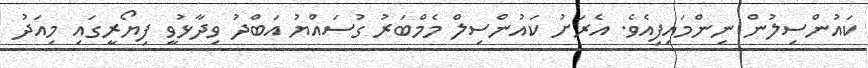
ކައުންސިލުން ނިންމައިފިއެވެ. އެރަށު ކައުންސިލް މެމްބަރު ގުސައްޔު އަބްދު ވިދާޅުވީ ފިޔޯރީގައި މިއަދު